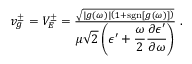
\begin{array} { r } { v _ { g } ^ { \pm } = V _ { E } ^ { \pm } = \frac { \sqrt { | g ( \omega ) | \left( 1 + \mathrm { s g n } [ g ( \omega ) ] \right) } } { \displaystyle \mu \sqrt { 2 } \left( \epsilon ^ { \prime } + \frac { \omega } { 2 } \frac { \partial \epsilon ^ { \prime } } { \partial \omega } \right) } \; . } \end{array}